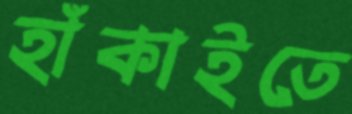
হাঁকাইতে